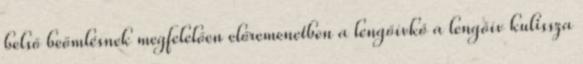
belső beömlésnek megfelelően előremenetben a lengőívkő a lengőív kulissza